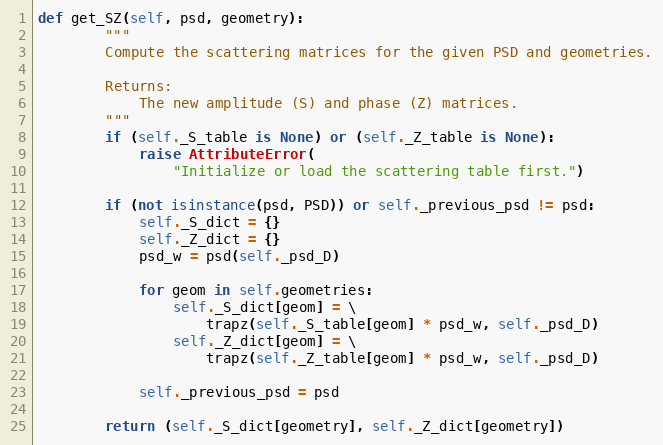
Language: Python
def get_SZ(self, psd, geometry):
        """
        Compute the scattering matrices for the given PSD and geometries.

        Returns:
            The new amplitude (S) and phase (Z) matrices.
        """
        if (self._S_table is None) or (self._Z_table is None):
            raise AttributeError(
                "Initialize or load the scattering table first.")

        if (not isinstance(psd, PSD)) or self._previous_psd != psd:
            self._S_dict = {}
            self._Z_dict = {}
            psd_w = psd(self._psd_D)

            for geom in self.geometries:
                self._S_dict[geom] = \
                    trapz(self._S_table[geom] * psd_w, self._psd_D)
                self._Z_dict[geom] = \
                    trapz(self._Z_table[geom] * psd_w, self._psd_D)

            self._previous_psd = psd

        return (self._S_dict[geometry], self._Z_dict[geometry])